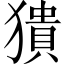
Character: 𤡱